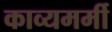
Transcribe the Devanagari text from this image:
काव्यमर्मी